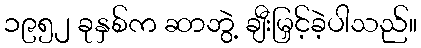
၁၉၅၂ ခုနှစ်က ဆာဘွဲ့ ချီးမြှင့်ခဲ့ပါသည်။